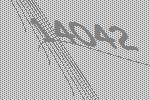
14042